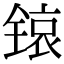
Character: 锿